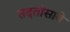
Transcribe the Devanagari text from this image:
सदतीसावे